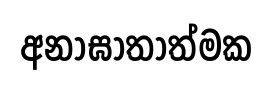
අනාඝාතාත්මක